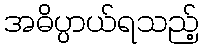
အဓိပ္ပာယ်ရသည့်